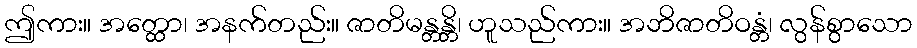
ဤကား။ အတ္ထော၊ အနက်တည်း။ ဇာတိမန္တန္တိ၊ ဟူသည်ကား။ အဘိဇာတိဝန္တံ၊ လွန်စွာသော